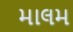
માલમ